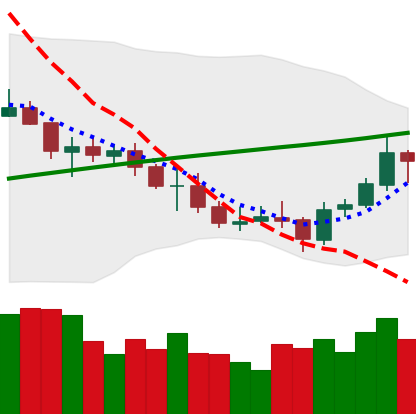
Ticker: ETC-USD
Chart end date: 2021-07-25
Forward return: 5.42%
Label: up_5_7